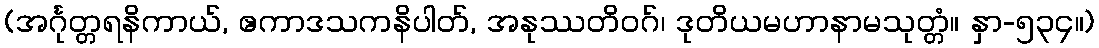
(အင်္ဂုတ္တရနိကာယ်, ဧကာဒသကနိပါတ်, အနုဿတိဝဂ်၊ ဒုတိယမဟာနာမသုတ္တံ။ နှာ-၅၃၄။)